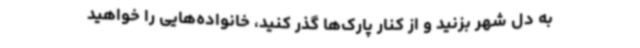
به دل شهر بزنید و از کنار پارک‌ها گذر کنید، خانواده‌هایی را خواهید